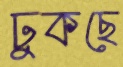
ঢুকছে